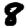
Digit: 8